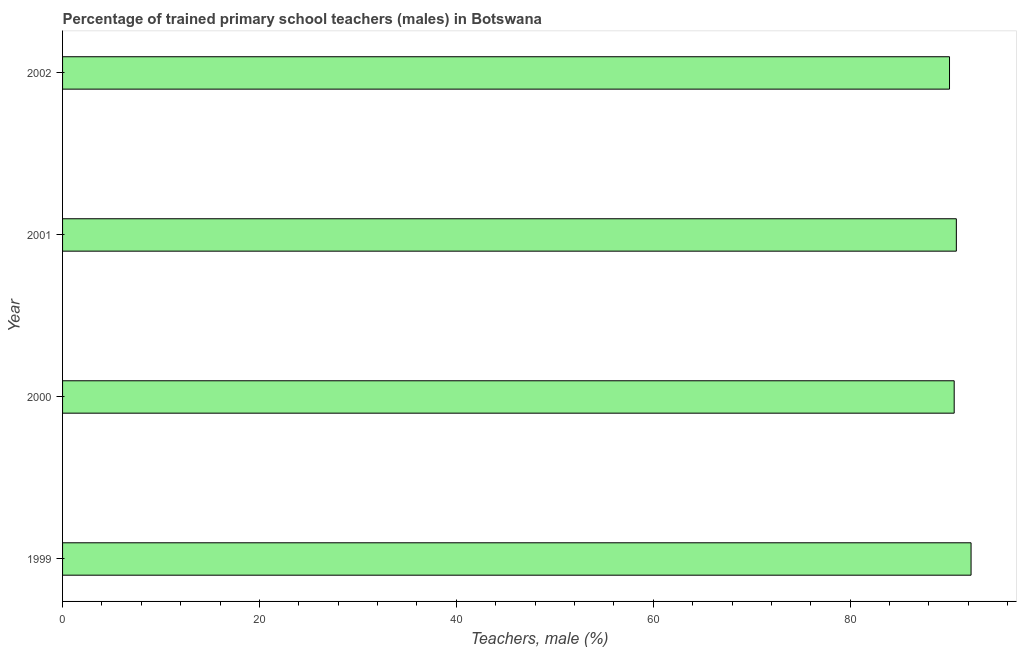
| Year | Trained teachers male |
 | --- | --- |
 | 1999 | 92.3 |
 | 2000 | 90.6 |
 | 2001 | 90.8 |
 | 2002 | 90.1 |